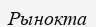
Рынокта